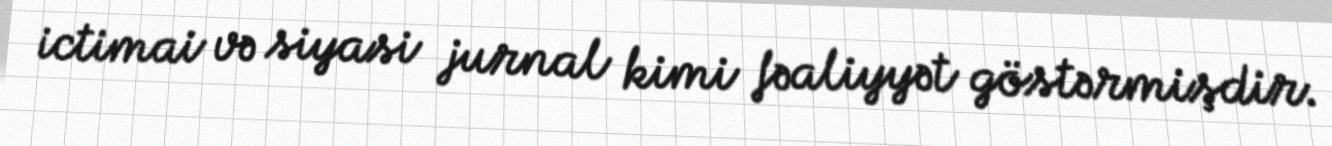
ictimai və siyasi jurnal kimi fəaliyyət göstərmişdir.